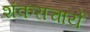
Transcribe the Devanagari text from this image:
शंकराचार्ये